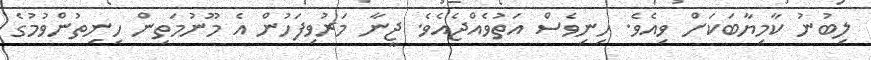
ލިބުނު ކާމިޔާބަކަށް ވިއެވެ. ހިނިވެސް އަތުވެއްޖެއެވެ. ޖީނާ މަރުވިފަހުން އެ މޫނުމަތިން ހިނިތުންވުމުގެ